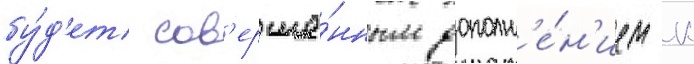
бу́д'ет сов'ерше́нным дополн'е́н'ием к